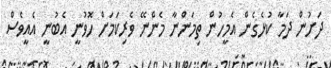
ދަށުން ދަމާ ކުޅެގެން އެމީހުން ތިމަންނާ މެންނޭ ވެރިކަމަށް ހޮވުނީ އެބުނީ އެއީވެސް